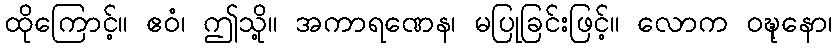
ထိုကြောင့်။ ဧဝံ၊ ဤသို့။ အကာရဏေန၊ မပြုခြင်းဖြင့်။ လောက ဝဍ္ဎုနော၊